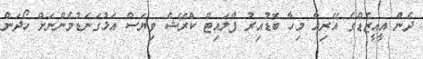
ދެން އީއީޒެޑްގެ އޭރިއާ މިހާ ބޮޑުއިރު ފްލައިޓް ކްރޭޝް ވިޔަސް އަޅުގަނަޑުމެންނަށް ހޯދަން